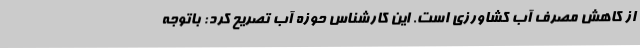
از کاهش مصرف آب کشاورزی است. این کارشناس حوزه آب تصریح کرد: باتوجه